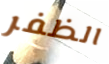
الظفر